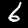
Label: 6